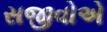
સજીવોએ